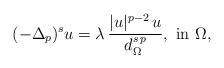
\begin{align*}(-\Delta_p)^s u=\lambda\,\frac{|u|^{p-2}\,u}{d_\Omega^{s\,p}},\mbox{ in }\Omega,\end{align*}